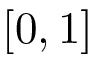
[ 0 , 1 ]